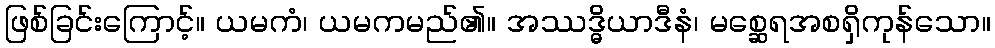
ဖြစ်ခြင်းကြောင့်။ ယမကံ၊ ယမကမည်၏။ အဿဒ္ဓိယာဒီနံ၊ မစ္ဆေရအစရှိကုန်သော။